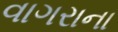
વાગરાના